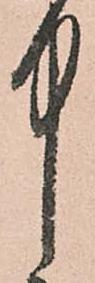
中